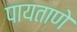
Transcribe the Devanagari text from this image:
पायताणे